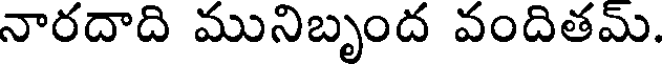
నారదాది మునిబృంద వందితమ్.